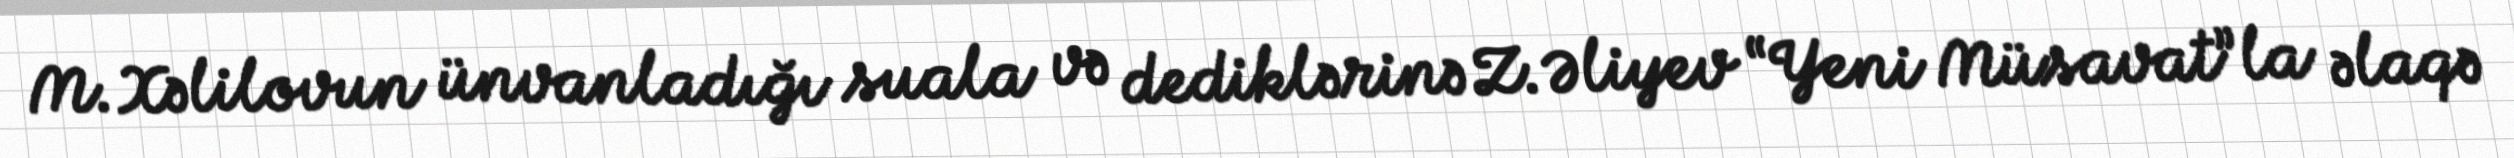
M.Xəlilovun ünvanladığı suala və dediklərinə Z.Əliyev “Yeni Müsavat”la əlaqə